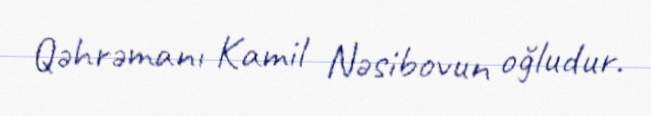
Qəhrəmanı Kamil Nəsibovun oğludur.